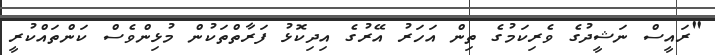
"ރައީސް ނަޝީދުގެ ވެރިކަމުގެ ތިން އަހަރު އޭރުގެ އިދިކޮޅު ފަރާތްތަކުން މުޅިންވެސް ކަންތައްކުރީ